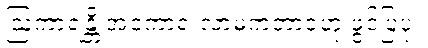
ဩကာရန္တိ အဝကာရံ လာမကဘာဝံဟု ဖွင့်ပြပုံ။